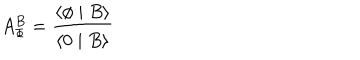
LaTeX: A _ { \Phi } ^ { B } = \frac { \langle \phi \mid B \rangle } { \langle 0 \mid B \rangle }